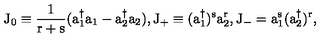
\mathrm { J _ { 0 } \equiv \frac { 1 } { r + s } ( a _ { 1 } ^ { \dagger } a _ { 1 } - a _ { 2 } ^ { \dagger } a _ { 2 } ) , \mathrm { J _ { + } \equiv ( a _ { 1 } ^ { \dagger } ) ^ { s } a _ { 2 } ^ { r } , \mathrm { J _ { - } = a _ { 1 } ^ { s } ( a _ { 2 } ^ { \dagger } ) ^ { r } , } } }